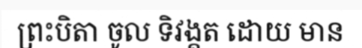
ព្រះបិតា ចូល ទិវង្គត ដោយ មាន